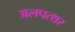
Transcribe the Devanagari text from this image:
अलपत्थर